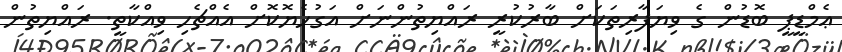
ޢެމްޑީޕީ ބޮޑުން ގެ ވިޔަފާރިތަކަށް ބާރުކުރީ ރައްޔިތުންނަށް އަގުހެޔޮކޮށް އެއްޗެހި ވިއްކާތީ. ރައްޔިތުން